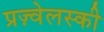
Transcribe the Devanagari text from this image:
प्रज़्वेलस्की